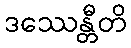
ဒဿေန္တီတိ